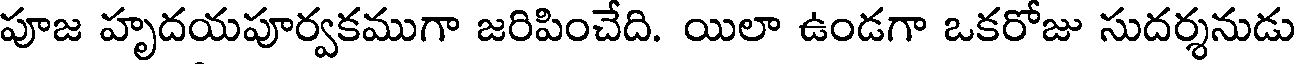
పూజ హృదయపూర్వకముగా జరిపించేది. యిలా ఉండగా ఒకరోజు సుదర్శనుడు